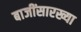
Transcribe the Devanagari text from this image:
बाजींसारख्या